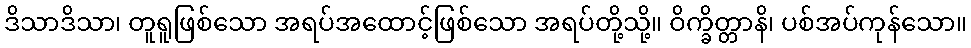
ဒိသာဒိသာ၊ တူရူဖြစ်သော အရပ်အထောင့်ဖြစ်သော အရပ်တို့သို့။ ဝိက္ခိတ္တာနိ၊ ပစ်အပ်ကုန်သော။